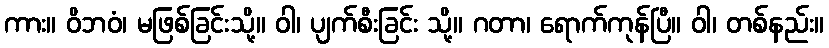
ကား။ ဝိဘဝံ၊ မဖြစ်ခြင်းသို့။ ဝါ၊ ပျက်စီးခြင်း သို့။ ဂတာ၊ ရောက်ကုန်ပြီ။ ဝါ၊ တစ်နည်း။